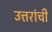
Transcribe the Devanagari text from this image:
उत्तरांची